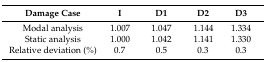
| Damage Case | I | D1 | D2 | D3 |
 | --- | --- | --- | --- | --- |
 | Modal analysis | 1.007 | 1.047 | 1.144 | 1.334 |
 | Static analysis | 1.000 | 1.042 | 1.141 | 1.330 |
 | Relative deviation (%) | 0.7 | 0.5 | 0.3 | 0.3 |